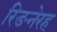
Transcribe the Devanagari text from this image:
रिङनेरह